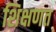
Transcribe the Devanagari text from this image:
शिक्षणत